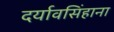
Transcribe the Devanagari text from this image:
दर्यावसिंहाना